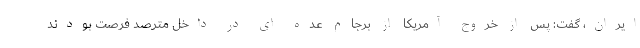
ایران، گفت: پس از خروج آمریکا از برجام عده ای در داخل مترصد فرصت بودند